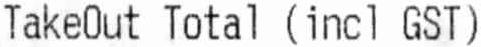
TAKEOUT TOTAL (INCL GST)